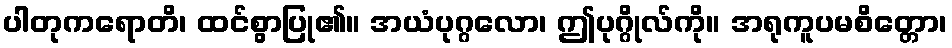
ပါတုကရောတိ၊ ထင်စွာပြု၏။ အယံပုဂ္ဂလော၊ ဤပုဂ္ဂိုလ်ကို။ အရုကူပမစိတ္တော၊